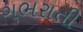
ગભરાતી